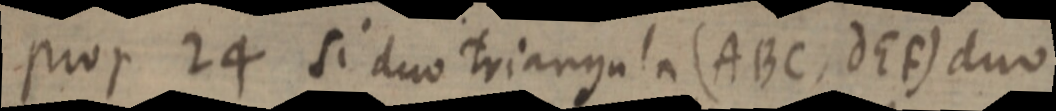
prop 24 Si duo triangula (ABC, dEF) duo